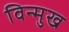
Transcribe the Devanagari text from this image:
विन्‍मुख